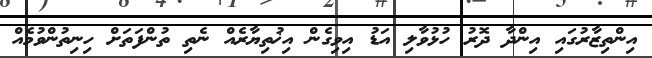
އިންތިޒާރުގައި އިންދާ ދޮރު ހުޅުވާލި އަޑު އިވިގެން އިޚުތިޔާރެއް ނެތި ތުންފަތަށް ހިނިތުންވުމެއް